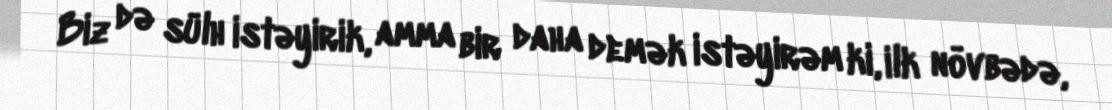
Biz də sülh istəyirik, amma bir daha demək istəyirəm ki, ilk növbədə,